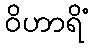
ဝိဟာရိံ